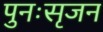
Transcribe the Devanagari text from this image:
पुनःसृजन